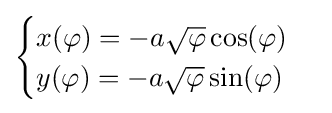
{\begin{cases}x(\varphi )=-a{\sqrt {\varphi }}\cos(\varphi )\\y(\varphi )=-a{\sqrt {\varphi }}\sin(\varphi )\end{cases}}